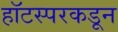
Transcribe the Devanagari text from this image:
हॉटस्परकडून